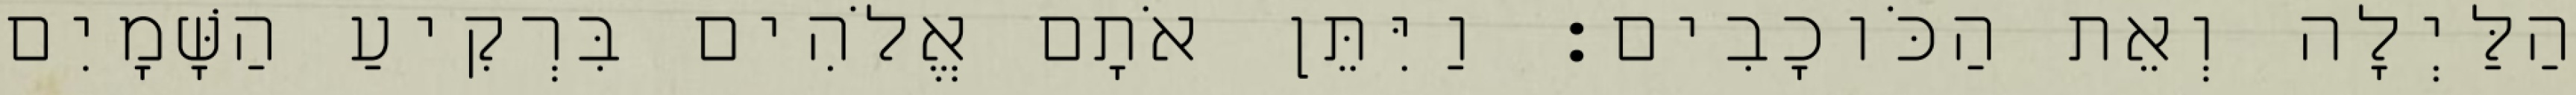
הַלַּיְלָה וְאֵת הַכֹּוכָבִים׃ וַיִּתֵּן אֹתָם אֱלֹהִים בִּרְקִיעַ הַשָּׁמָיִם